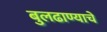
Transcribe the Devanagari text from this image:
बुलढाण्याचे